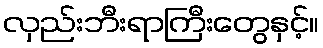
လှည်းဘီးရာကြီးတွေနှင့်။